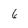
Character: 6